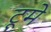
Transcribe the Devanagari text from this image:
टूमे